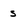
Character: s